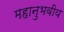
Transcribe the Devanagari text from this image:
महानुभवीय